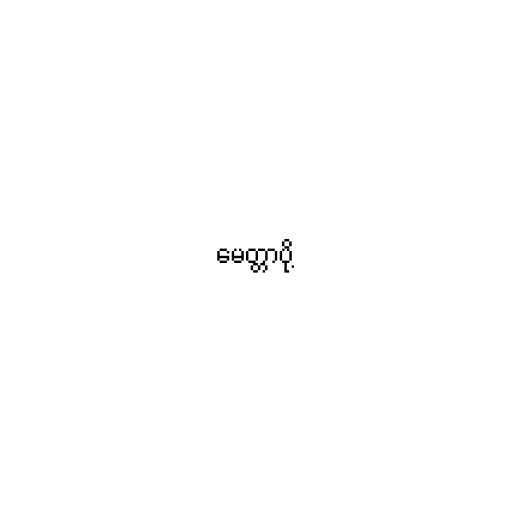
မေတ္တာပို့